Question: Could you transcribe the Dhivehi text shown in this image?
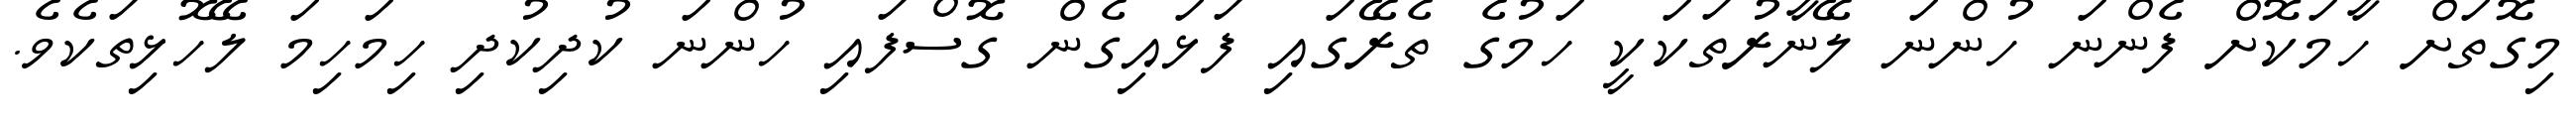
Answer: މިގޮތަށް ހާމަކޮށް ފެންނަ ހުންނަ ލޭނާރުތަކަކީ ހަމުގެ ތެރޭގައި ފަޅައިގެން ގޮސްފައި ހުންނަ ކުދިކުދި ހިމަހިމަ ލޭހޮޅިތަކެވެ.